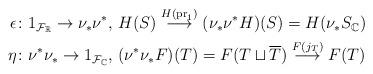
LaTeX: \begin{align*}\epsilon & \colon 1_{\mathcal{F_{\mathbb{R}}}}\to\nu_{*}\nu^{*},\,H(S)\stackrel{H(\mathrm{pr}_{1})}{\longrightarrow}(\nu_{*}\nu^{*}H)(S)=H(\nu_{*}S_{\mathbb{C}})\\\eta & \colon \nu^{*}\nu_{*}\to1_{\mathcal{F}_{\mathbb{C}}},\,(\nu^{*}\nu_{*}F)(T)=F(T\sqcup\overline{T})\stackrel{F(j_{T})}{\longrightarrow}F(T)\end{align*}